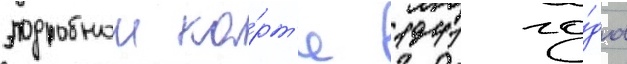
подробнои ка́рт'е 1941 го́да